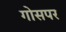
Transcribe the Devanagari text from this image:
गोसपर